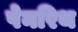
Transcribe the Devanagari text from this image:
पेनरिथ